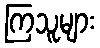
ကြသူများ